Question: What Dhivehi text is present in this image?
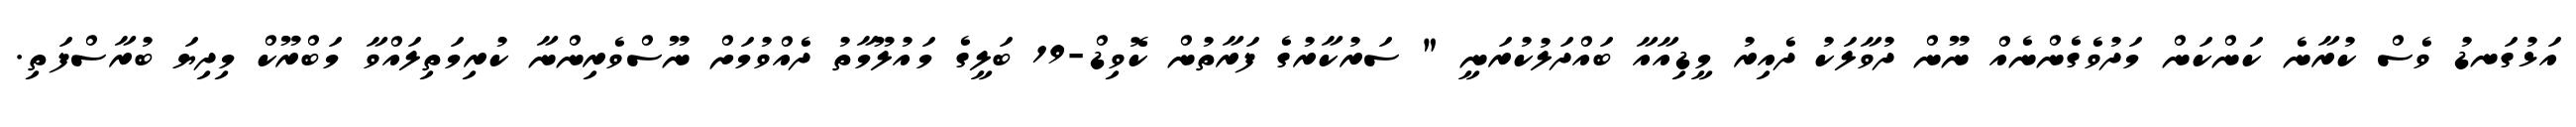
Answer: އަޅުގަނޑު ވެސް ކުރާނެ ކަންކަން މަދުވެގެންނެއް ނޫން ދުވާލަކު ދެއިރު މީޑިއާއާ ބައްދަލުކުރަނީ " ސަރުކާރުގެ ފަރާތުން ކޮވިޑް-19 ބަލީގެ މައުލޫމާތު ދެއްވުމަށް ނޫސްވެރިންނާ ކުރިމަތިލައްވާ މަބްރޫކް މިދިޔަ ބުރާސްފަތި.